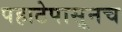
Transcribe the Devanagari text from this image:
पहाटेपासूनच